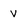
Character: V